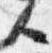
人